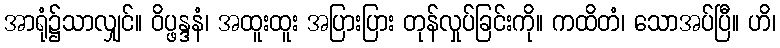
အာရုံ၌သာလျှင်။ ဝိပ္ဖန္ဒနံ၊ အထူးထူး အပြားပြား တုန်လှုပ်ခြင်းကို။ ကထိတံ၊ သောအပ်ပြီ။ ဟိ၊